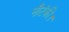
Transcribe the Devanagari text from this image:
नौटंकी।